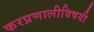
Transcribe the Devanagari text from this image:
करप्रणालीविषयी